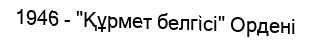
1946 - "Құрмет белгісі" Ордені